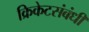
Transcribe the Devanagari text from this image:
क्रिकेटसंबंधी